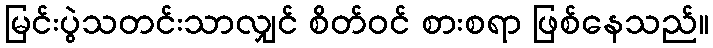
မြင်းပွဲသတင်းသာလျှင် စိတ်ဝင် စားစရာ ဖြစ်နေသည်။